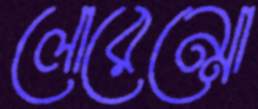
লোরেন্সো